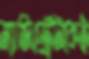
ম্যাজিস্ট্রেটকেই